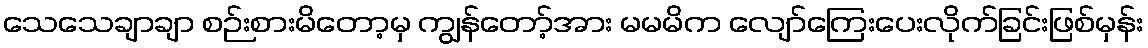
သေသေချာချာ စဉ်းစားမိတော့မှ ကျွန်တော့်အား မမမိက လျော်ကြေးပေးလိုက်ခြင်းဖြစ်မှန်း